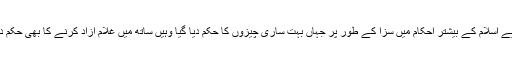
اسی لیے اسلام کے بیشتر احکام میں سزا کے طور پر جہاں بہت ساری چیزوں کا حکم دیا گیا وہیں ساتھ میں غلام آزاد کرنے کا بھی حکم دیا گیا۔